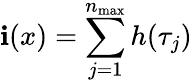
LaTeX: \mathbf{i}(x)=\sum_{j=1}^{n_{\operatorname*{max}}}h(\tau_{j})